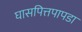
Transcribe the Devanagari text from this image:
घासपित्तपापडा